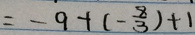
= - 9 + ( - \frac { 8 } { 3 } ) + 1